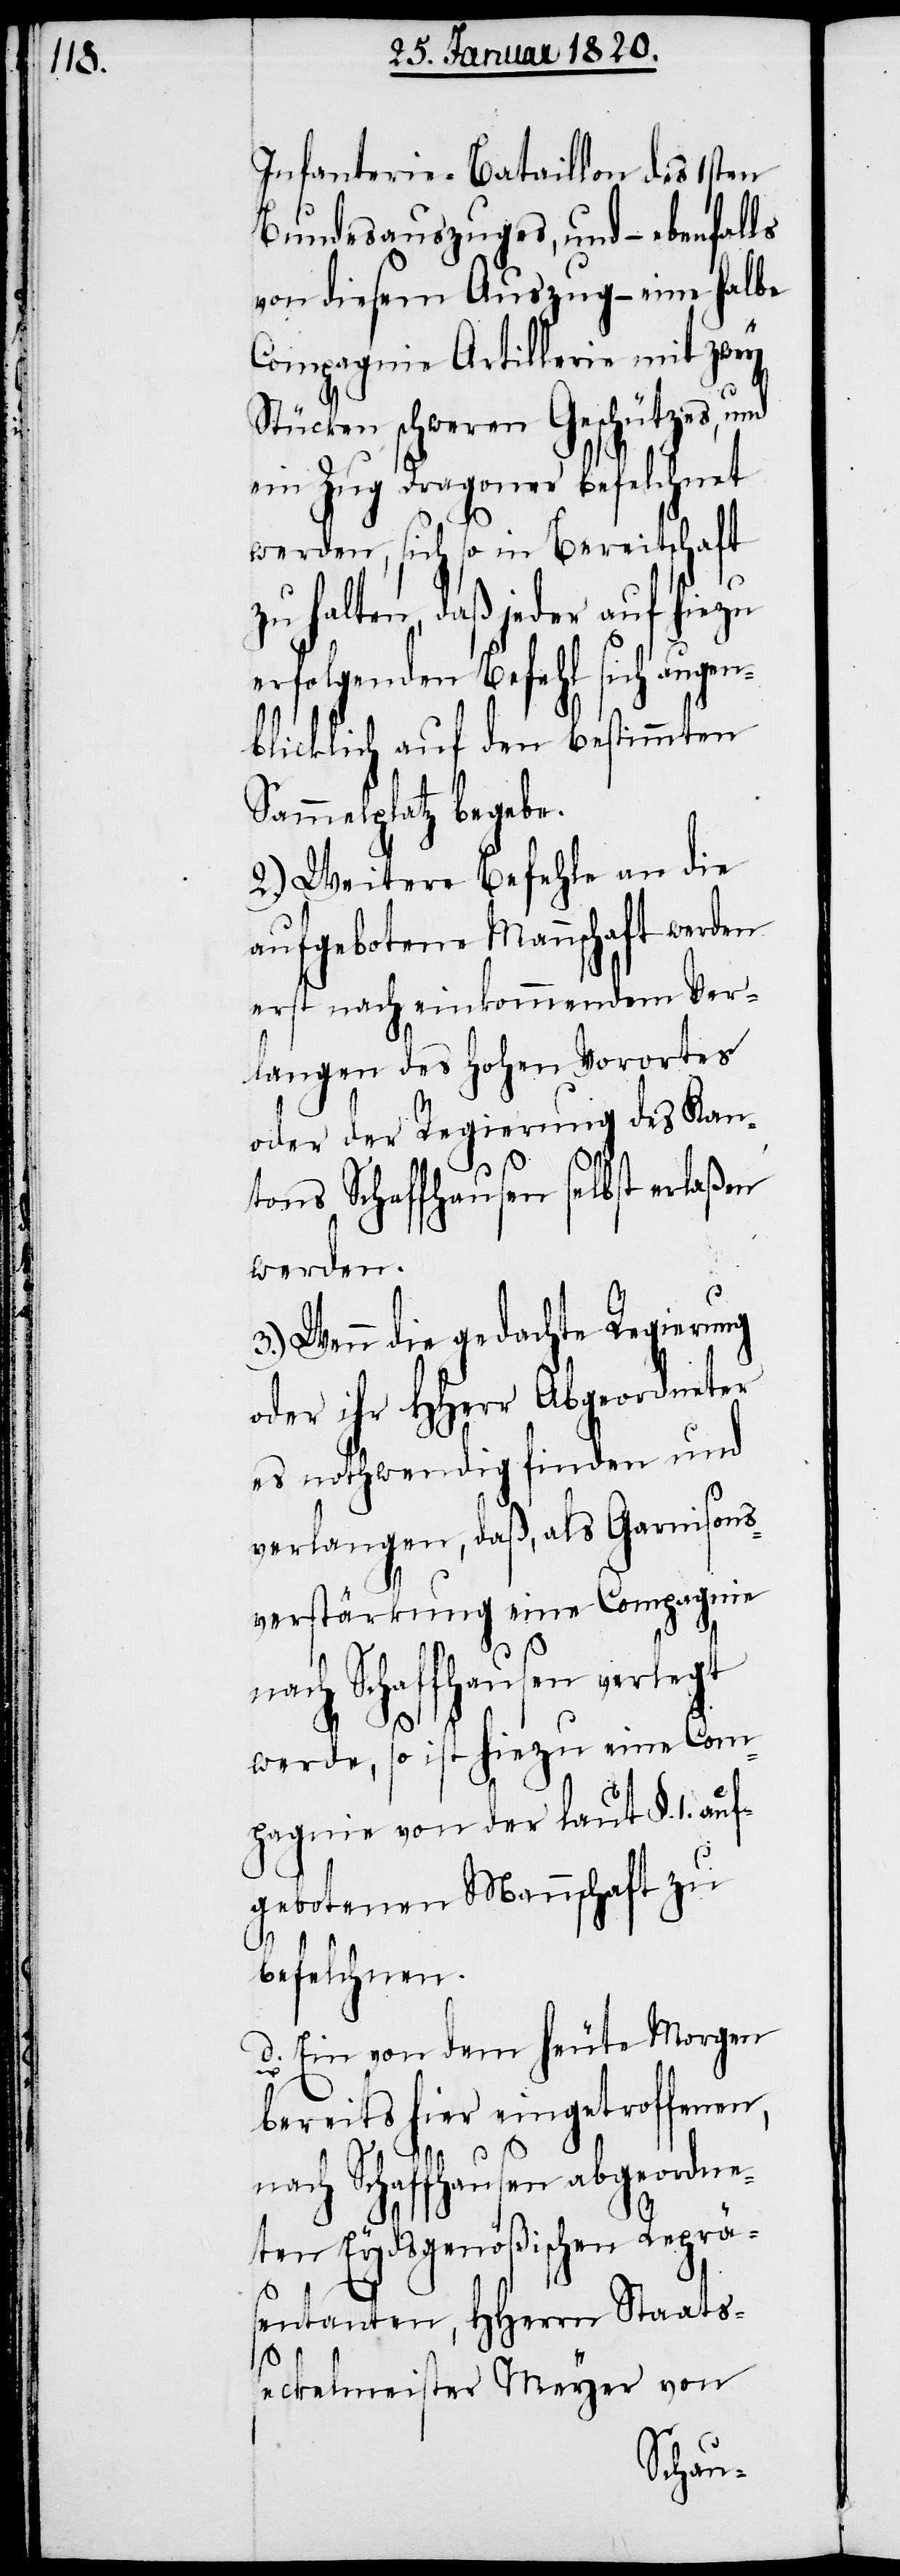
Infanterie-Bataillon des 1sten
Bundesauszuges, und – ebenfalls
von diesem Auszug – eine halbe
Compagnie Artillerie mit zwey
Stücken schweren Geschützes, und
ein Zug Dragoner befelchnet
werden, sich so in Bereitschaft
zu halten, daß jeder auf hiezu
erfolgenden Befehl sich augen¬
blicklich auf den bestimmten
Sammelplatz begebe.
2.) Weitere Befehle an die
aufgebotene Mannschaft werden
erst nach einkommendem Ver¬
langen des Hohen Vorortes
oder der Regierung des Kan¬
tons Schaffhausen selbst erlaßen
werden.
3.) Wenn die gedachte Regierung
oder ihr HHerr Abgeordneter
es nothwendig finden und
verlangen, daß, als Garnisons¬
verstärkung eine Compagnie
n¬
ach Schaffhausen verlegt
werde, so ist hiezu eine Com¬
pagnie von der laut §. 1. auf¬
gebotenen Mannschaft zu
befelchnen.
d. Ein von dem heute Morgen
bereits hier eingetroffenen,
nach Schaffhausen abgeordne¬
ten Eydsgenößischen Reprä¬
sentanten, HHerrn Staats¬
seckelmeister Meyer von